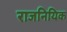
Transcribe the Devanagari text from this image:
राजनियिक